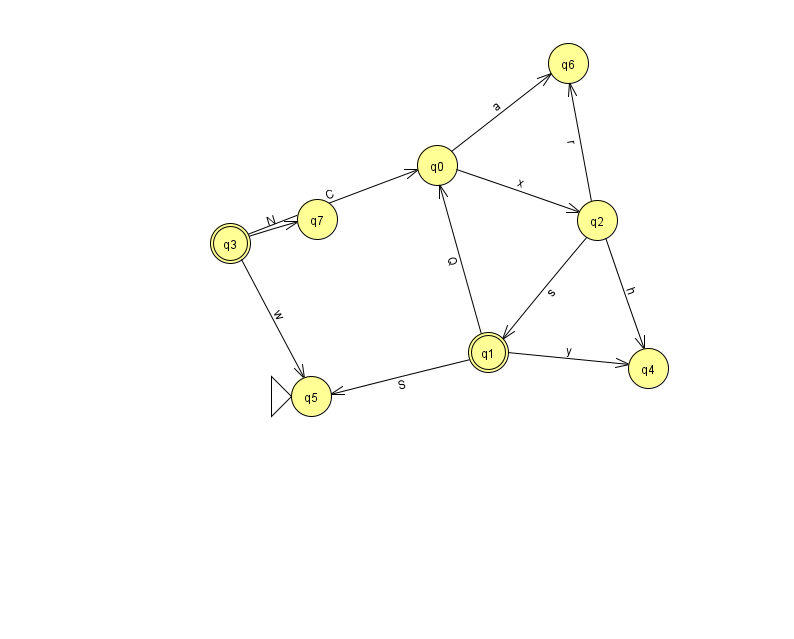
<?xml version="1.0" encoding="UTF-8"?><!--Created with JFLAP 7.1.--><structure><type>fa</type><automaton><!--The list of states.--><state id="0" name="q0"><x>437.0</x><y>152.0</y></state><state id="1" name="q1"><x>488.0</x><y>339.0</y><final/></state><state id="2" name="q2"><x>597.0</x><y>207.0</y></state><state id="3" name="q3"><x>230.0</x><y>230.0</y><final/></state><state id="4" name="q4"><x>648.0</x><y>355.0</y></state><state id="5" name="q5"><x>311.0</x><y>383.0</y><initial/></state><state id="6" name="q6"><x>568.0</x><y>50.0</y></state><state id="7" name="q7"><x>317.0</x><y>206.0</y></state><!--The list of transitions.--><transition><from>1</from><to>5</to><read>S</read></transition><transition><from>2</from><to>4</to><read>h</read></transition><transition><from>3</from><to>5</to><read>w</read></transition><transition><from>1</from><to>0</to><read>Q</read></transition><transition><from>0</from><to>6</to><read>a</read></transition><transition><from>3</from><to>0</to><read>C</read></transition><transition><from>2</from><to>1</to><read>s</read></transition><transition><from>0</from><to>2</to><read>x</read></transition><transition><from>1</from><to>4</to><read>y</read></transition><transition><from>3</from><to>7</to><read>N</read></transition><transition><from>2</from><to>6</to><read>r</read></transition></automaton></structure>